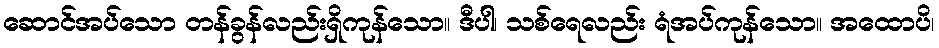
ဆောင်အပ်သော တန်ခွန်လည်းရှိကုန်သော။ ဒီပါ၊ သစ်ရေလည်း ရံအပ်ကုန်သော။ အထောပိ၊